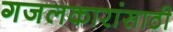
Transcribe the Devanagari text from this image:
गजलकारांसाठी